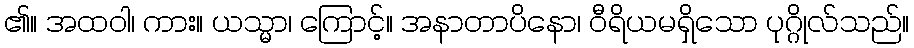
၏။ အထဝါ၊ ကား။ ယသ္မာ၊ ကြောင့်။ အနာတာပိနော၊ ဝီရိယမရှိသော ပုဂ္ဂိုလ်သည်။